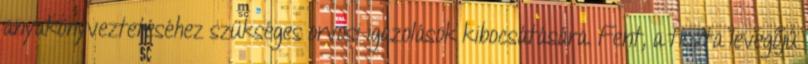
anyakönyveztetéséhez szükséges orvosi igazolások kibocsátására. Fent, a tiszta levegõjû